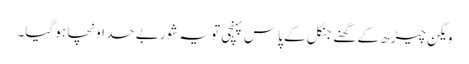
ویگن چیڑھ کے گھنے جنگل کے پاس پہنچی تو یہ شوربے حد اونچا ہو گیا۔